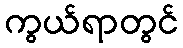
ကွယ်ရာတွင်